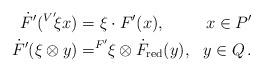
LaTeX: \begin{align*} \begin{aligned} \dot{F}' (^{V'}\!\xi x) & = \xi \cdot F'(x), & x \in P' \\\dot{F}' (\xi \otimes y) & = ^{F'}\!\! \xi \otimes \dot{F}_{\rm red} (y), & y \in Q \, . \end{aligned}\end{align*}